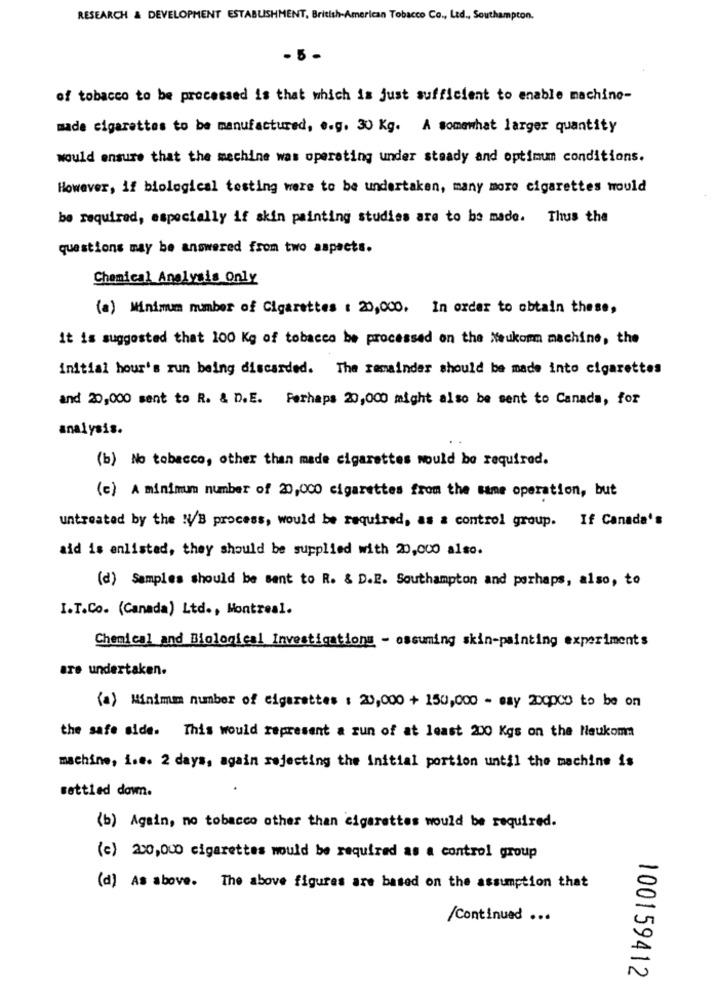
RESEARCH & DEVELOPMENT ESTABLISHMENT, British-American Tobacco Co ., Ltd ., Southampton.
- 5-
of tobacco to be processed is that which is just sufficient to enable machine-
made cigarettes to be manufactured, e.g. 30 Kg. A somewhat larger quantity
would ensure that the machine was operating under steady and optimum conditions.
However, if biological testing were to be undertaken, many more cigarettes would
be required, especially if skin painting studies are to be made. Thus the
questions may be answered from two aspects.
Chemical Analysis Only
(a) Minimum number of Cigarettes : 20,000, In order to obtain these,
it is suggested that 100 Kg of tobacco be processed on the Neukomm machine, the
initial hour's run being discarded. The remainder should be made into cigarettes
and 20,000 sent to R. & D.E. Perhaps 20,000 might also be sent to Canada, for
analysis.
(b) No tobacco, other than made cigarettes would be required.
(c) A minimum number of 20,000 cigarettes from the same operation, but
untreated by the N/B process, would be required, as & control group. If Canada's
aid is enlisted, they should be supplied with 20,000 also.
(d) Samples should be sent to R. & D.E. Southampton and perhaps, also, to
I.T.Co. (Canada) Ltd ., Montreal.
Chemical and Biological Investigations - oscuming skin-painting experiments
are undertaken.
(a) Minimum number of cigarettes : 20,000 + 150,000 - may 200000 to be on
the safe side. This would represent a zun of at least 200 Kgs on the Neukoma
machine, i.e. 2 days, again rejecting the initial portion until the machine is
settled down.
(b) Again, no tobacco other than cigarettes would be required.
(c) 220,000 cigarettes would be required as a control group
(d) As above. The above figures are based on the assumption that
/Continued ...
100159412